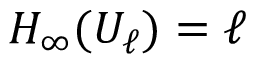
H _ { \infty } ( U _ { \ell } ) = \ell